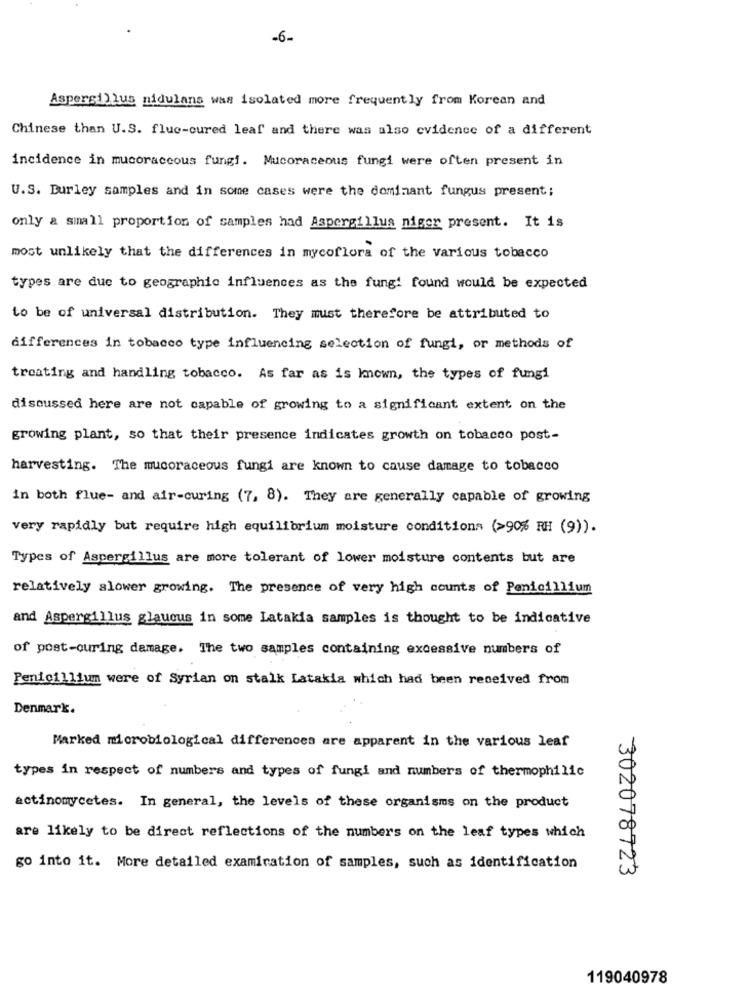
-6-
Aspergillus nidulans was isolated more frequently from Korean and
Chinese than U.S. fluo-cured leaf and there was also evidence of a different
incidence in mucoraccous fungi. Mucoraceous fungi were often present in
U.S. Burley samples and in some cases were the dominant fungus present;
only a small proportion of samples had Aspergillus niger present. It is
most unlikely that the differences in mycoflora of the various tobacco
types are due to geographic influences as the fung' found would be expected
to be of universal distribution. They must therefore be attributed to
differences in tobacco type influencing selection of fungi, or methods of
treating and handling tobacco. As far as is known, the types of fungi
discussed here are not capable of growing to a significant extent on the
growing plant, so that their presence indicates growth on tobacco post-
harvesting. The mucoraceous fungi are known to cause damage to tobacco
in both flue- and air-curing (7, 8). They are generally capable of growing
very rapidly but require high equilibrium moisture conditions (>90% RH (9)).
Types of Aspergillus are more tolerant of lower moisture contents but are
relatively slower growing. The presence of very high counts of Penicillium
and Aspergillus glaucus in some Latakia samples is thought to be indicative
of post-ouring damage. The two samples containing excessive numbers of
Penicillium were of Syrian on stalk Latakia which had been received from
Denmark.
Marked microbiological differences are apparent in the various leaf
types in respect of numbers and types of fungi and numbers of thermophilic
actinomycetes. In general, the levels of these organisms on the product
are likely to be direct reflections of the numbers on the leaf types which
go into it. More detailed examination of samples, such as identification
302078723
119040978